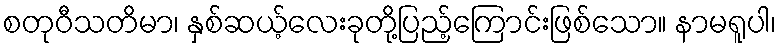
စတုဝီသတိမာ၊ နှစ်ဆယ့်လေးခုတို့ပြည့်ကြောင်းဖြစ်သော။ နာမရူပါ၊